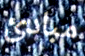
مبادئ